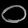
Digit: ၀